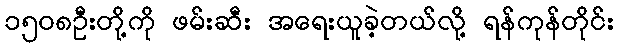
၁၅၀၈ဦးတို့ကို ဖမ်းဆီး အရေးယူခဲ့တယ်လို့ ရန်ကုန်တိုင်း